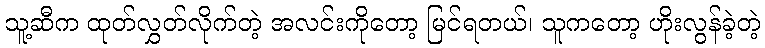
သူ့ဆီက ထုတ်လွှတ်လိုက်တဲ့ အလင်းကိုတော့ မြင်ရတယ်၊ သူကတော့ ဟိုးလွန်ခဲ့တဲ့